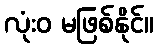
လုံးဝ မဖြစ်နိုင်။